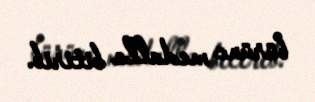
bürünc medalla bitirib.